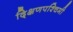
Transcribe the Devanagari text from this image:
द्क्षिणपश्चिमी